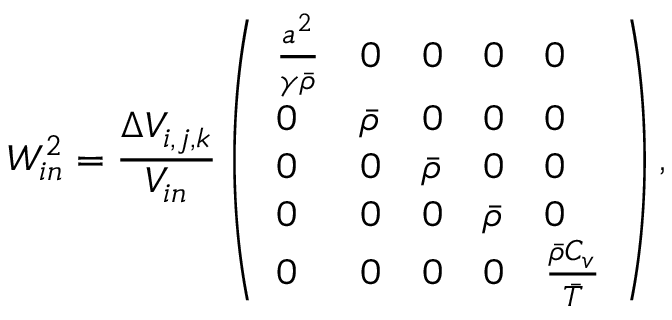
W _ { i n } ^ { 2 } = \frac { \Delta V _ { i , j , k } } { V _ { i n } } \left( \begin{array} { l l l l l } { \frac { a ^ { 2 } } { \gamma \bar { \rho } } } & { 0 } & { 0 } & { 0 } & { 0 } \\ { 0 } & { \bar { \rho } } & { 0 } & { 0 } & { 0 } \\ { 0 } & { 0 } & { \bar { \rho } } & { 0 } & { 0 } \\ { 0 } & { 0 } & { 0 } & { \bar { \rho } } & { 0 } \\ { 0 } & { 0 } & { 0 } & { 0 } & { \frac { \bar { \rho } C _ { v } } { \bar { T } } } \end{array} \right) ,